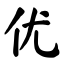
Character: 优